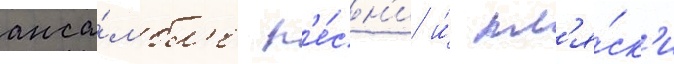
анса́мбл'е п'е́сн'и и́ пл'я́ск'и